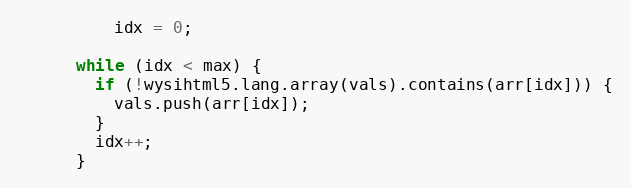
Language: JavaScript
          idx = 0;

      while (idx < max) {
        if (!wysihtml5.lang.array(vals).contains(arr[idx])) {
          vals.push(arr[idx]);
        }
        idx++;
      }